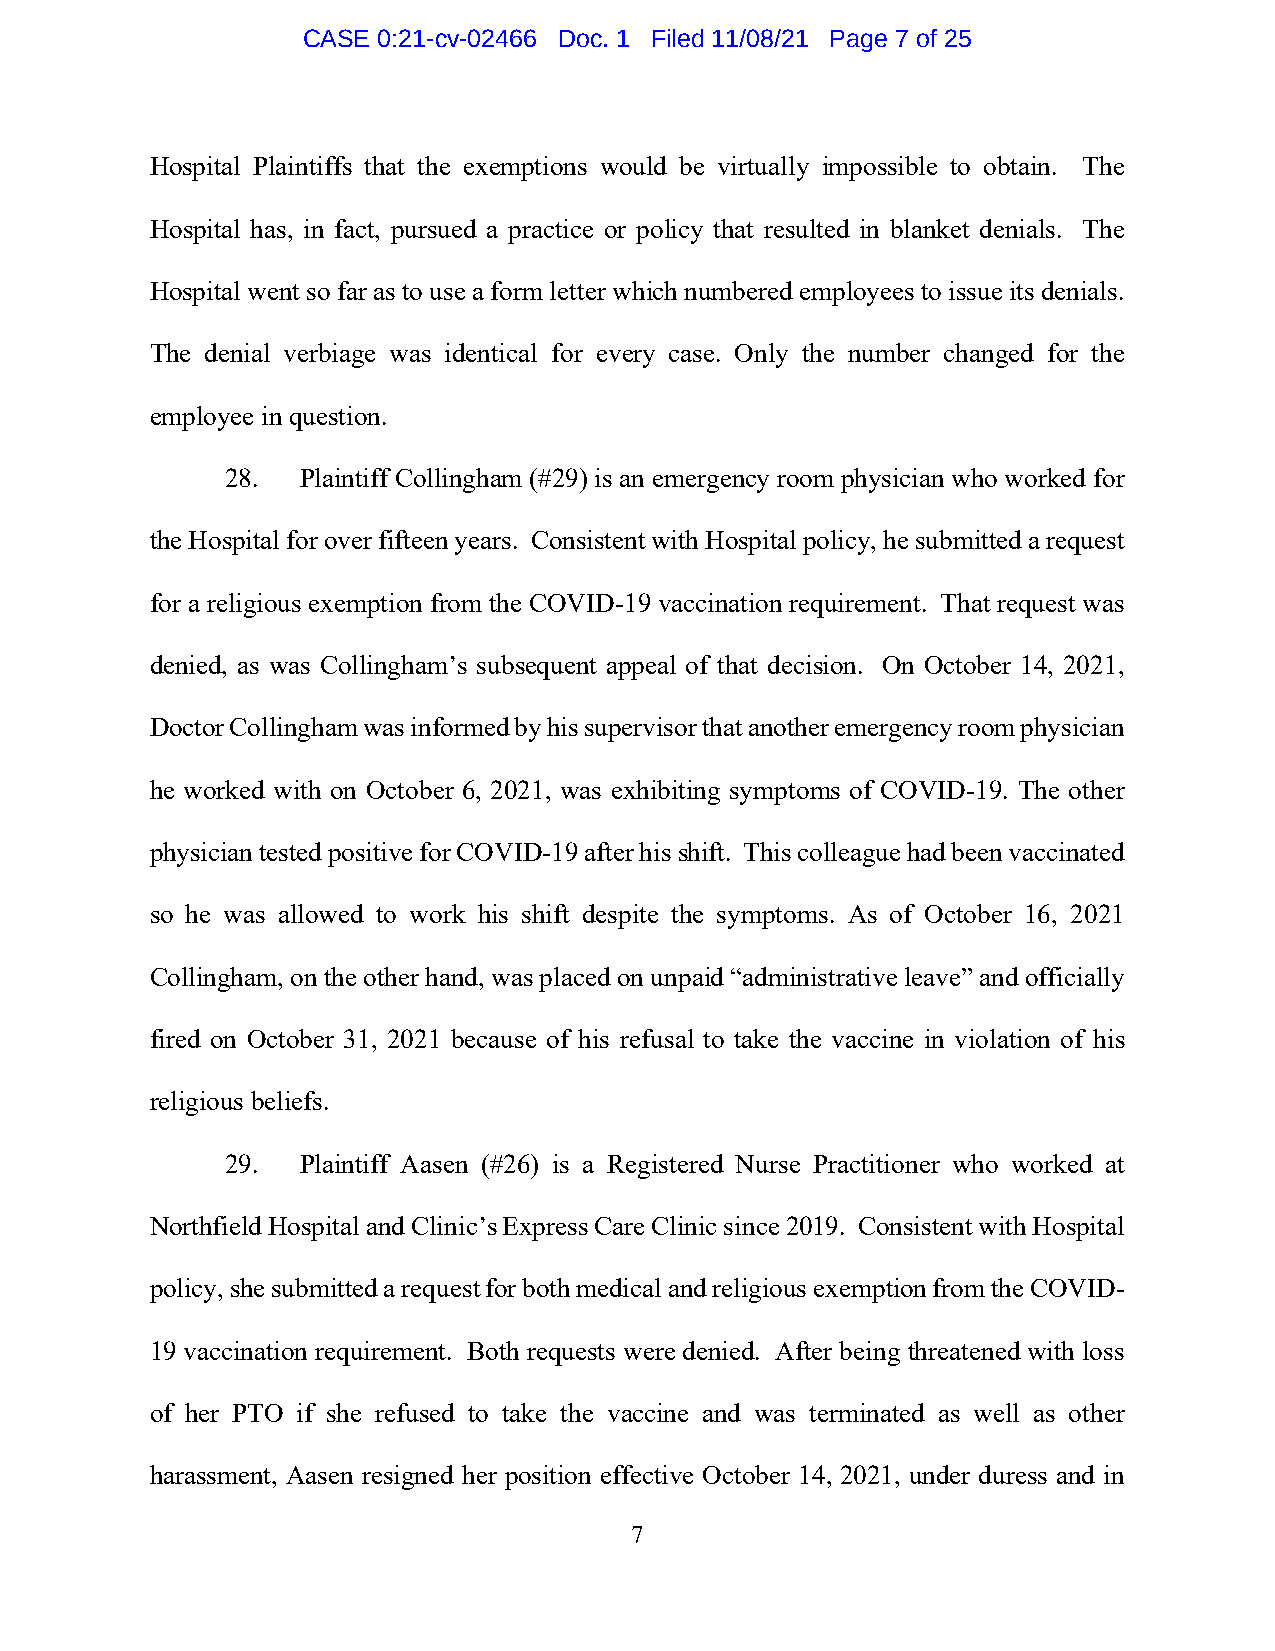
CASE 0:21-cv-02466 Doc. 1 Filed 11/08/21 Page 7 of 25
 Hospital Plaintiffs that the exemptions would be virtually impossible to obtain. The
 Hospital has, in fact, pursued a practice or policy that resulted in blanket denials. The
 Hospital went so far as to use a form letter which numbered employees to issue its denials.
 The denial verbiage was identical for every case. Only the number changed for the
 employee in question.
 28.  Plaintiff Collingham (#29) is an emergency room physician who worked for
 the Hospital for over fifteen years. Consistent with Hospital policy, he submitted a request
 for a religious exemption from the COVID-19 vaccination requirement. That request was
 denied, as was Collingham’s subsequent appeal of that decision. On October 14, 2021,
 Doctor Collingham was informed by his supervisor that another emergency room physician
 he worked with on October 6, 2021, was exhibiting symptoms of COVID-19. The other
 physician tested positive for COVID-19 after his shift. This colleague had been vaccinated
 so he was allowed to work his shift despite the symptoms. As of October 16, 2021
 Collingham, on the other hand, was placed on unpaid “administrative leave” and officially
 fired on October 31, 2021 because of his refusal to take the vaccine in violation of his
 religious beliefs.
 29.  Plaintiff Aasen (#26) is a Registered Nurse Practitioner who worked at
 Northfield Hospital and Clinic’s Express Care Clinic since 2019. Consistent with Hospital
 policy, she submitted a request for both medical and religious exemption from the COVID-
 19 vaccination requirement. Both requests were denied. After being threatened with loss
 of her PTO if she refused to take the vaccine and was terminated as well as other
 harassment, Aasen resigned her position effective October 14, 2021, under duress and in
 7